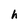
Character: h